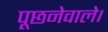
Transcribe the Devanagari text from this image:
पूछनेवाले।